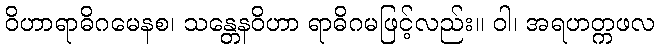
ဝိဟာရာဓိဂမေနစ၊ သန္တေနဝိဟာ ရာဓိဂမဖြင့်လည်း။ ဝါ၊ အရဟတ္ကဖလ